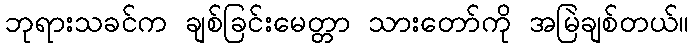
ဘုရားသခင်က ချစ်ခြင်းမေတ္တာ သားတော်ကို အမြဲချစ်တယ်။